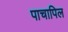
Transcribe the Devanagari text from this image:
पाचापिल